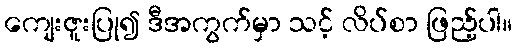
ကျေးဇူးပြု၍ ဒီအကွက်မှာ သင့် လိပ်စာ ဖြည့်ပါ။